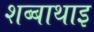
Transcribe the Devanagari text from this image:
शब्बाथाइ